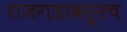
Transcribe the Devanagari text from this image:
राजगडावरूनच